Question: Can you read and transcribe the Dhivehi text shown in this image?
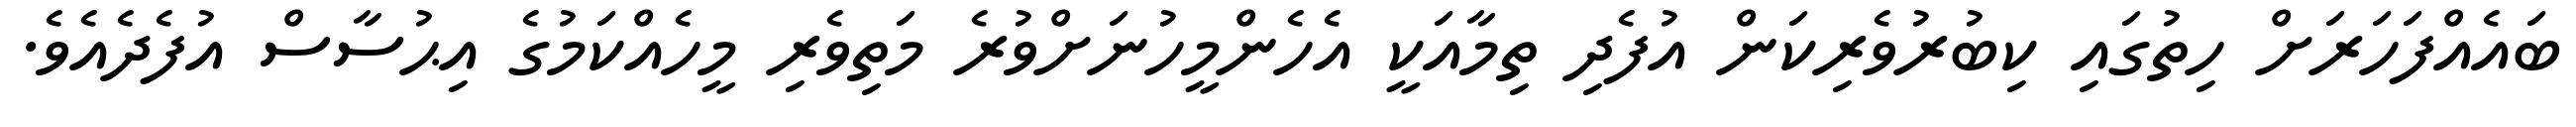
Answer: ބައެއްފަހަރަށް ހިތުގައި ކިބުރުވެރިކަން އުފެދި ތިމާއަކީ އެހެންމީހުނަށްވުރެ މަތިވެރި މީހެއްކަމުގެ އިޙުސާސް އުފެދެއެވެ.